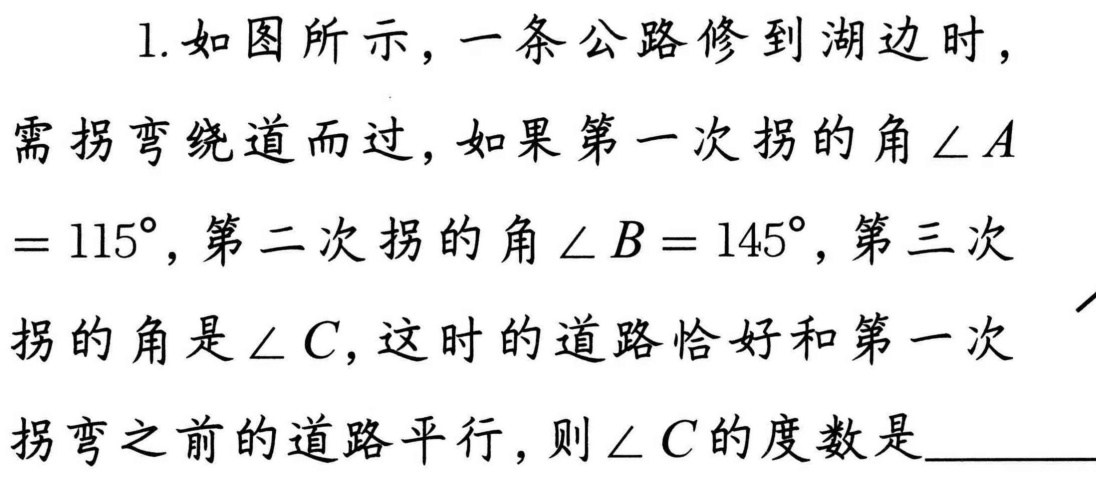
1.如图所示，一条公路修到湖边时，
需拐弯绕道而过，如果第一次拐的角$\angle A = 115^{\circ}$，第二次拐的角$\angle B = 145^{\circ}$，第三次
拐的角是$\angle C$，这时的道路恰好和第一次
拐弯之前的道路平行，则$\angle C$的度数是